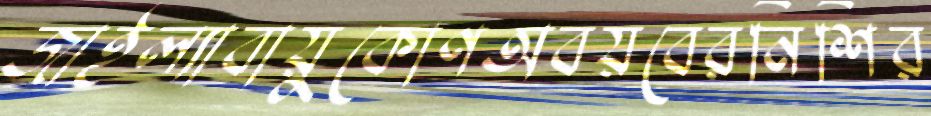
জাইল্যাবায়ুকোণঅবয়বেরনিশির